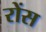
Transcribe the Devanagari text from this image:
रोंस